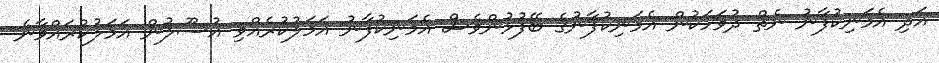
އަދި އެމަނިކުފާނު ނެތް ދުވަހަކުން އެމަނިކުފާނުގެ ބޭފުޅުންވެސް އެމަނިކުފާނު އަމަލުކުރެއްވި އުސޫލުން އަމަލުކުރައްވާނެ